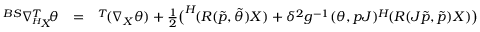
\begin{array} { r l r } { ^ { B S } \nabla _ { ^ { H } \! X } ^ { T } \! \theta } & { = } & { ^ { T } \! ( \nabla _ { X } \theta ) + \frac { 1 } { 2 } \big ( ^ { H } \! ( R ( \tilde { p } , \tilde { \theta } ) X ) + \delta ^ { 2 } g ^ { - 1 } ( \theta , p J ) ^ { H } \! ( R ( J \tilde { p } , \tilde { p } ) X ) \big ) } \end{array}